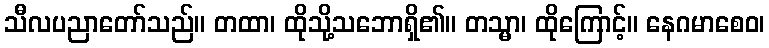
သီလပညာတော်သည်။ တထာ၊ ထိုသို့သဘောရှိ၏။ တသ္မာ၊ ထိုကြောင့်။ နေဂမာစေဝ၊